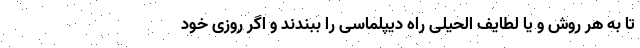
تا به هر روش و یا لطایف الحیلی راه دیپلماسی را ببندند و اگر روزی خود